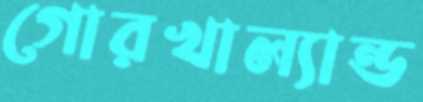
গোরখাল্যান্ড